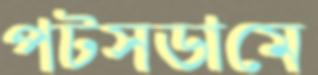
পটসডামে